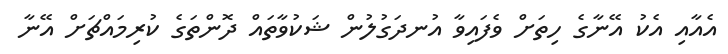
އެއާއި އެކު އޭނާގެ ހިތަށް ވެފައިވާ އުނދަގުލުން ޝަކުވާތައް ދޮންތަގެ ކުރިމައްޗަށް އޭނާ